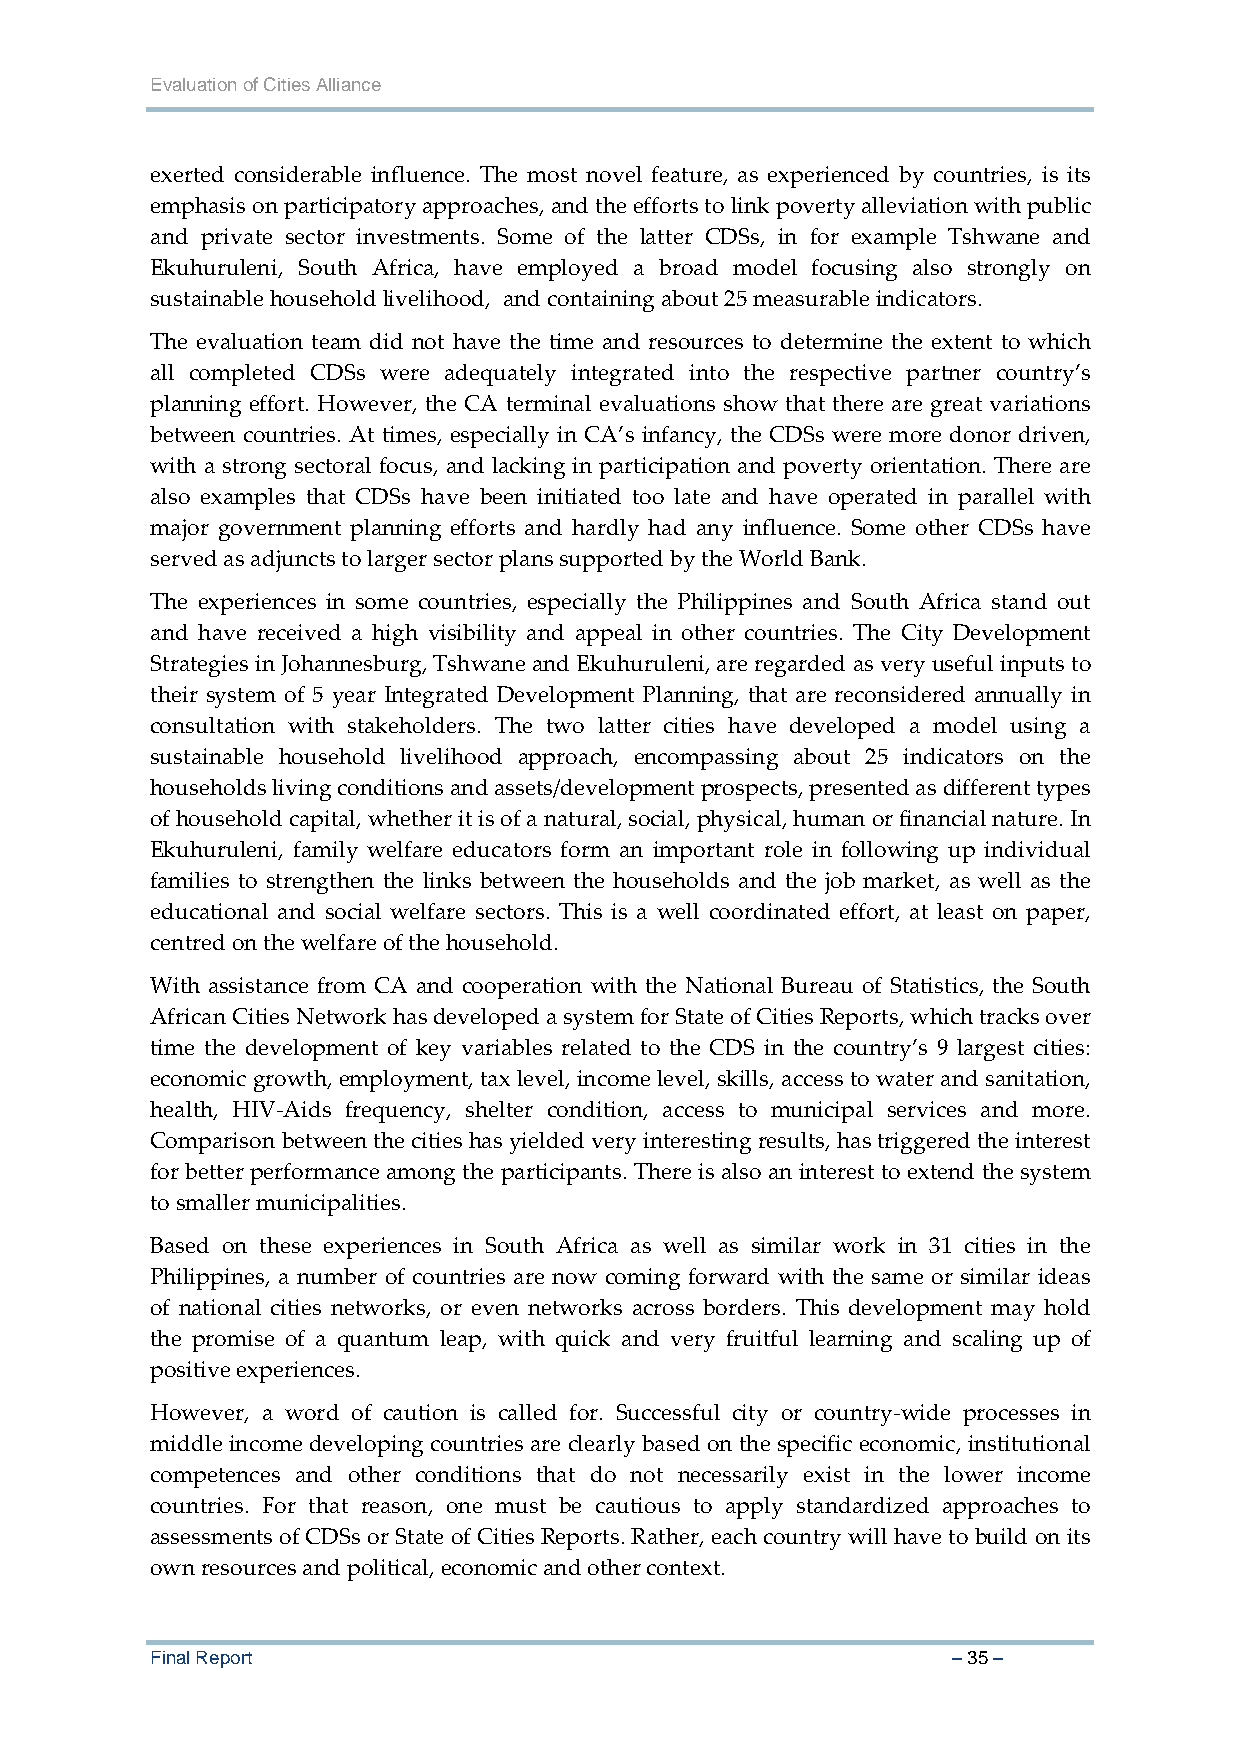
Evaluation of Cities Alliance
 exerted considerable influence. The most novel feature, as experienced by countries, is its
 emphasis on participatory approaches, and the efforts to link poverty alleviation with public
 and private sector investments. Some of the latter CDSs, in for example Tshwane and
 Ekuhuruleni, South Africa, have employed a broad model focusing also strongly on
 sustainable household livelihood, and containing about 25 measurable indicators.
 The evaluation team did not have the time and resources to determine the extent to which
 all completed CDSs were adequately integrated into the respective partner country’s
 planning effort. However, the CA terminal evaluations show that there are great variations
 between countries. At times, especially in CA’s infancy, the CDSs were more donor driven,
 with a strong sectoral focus, and lacking in participation and poverty orientation. There are
 also examples that CDSs have been initiated too late and have operated in parallel with
 major government planning efforts and hardly had any influence. Some other CDSs have
 served as adjuncts to larger sector plans supported by the World Bank.
 The experiences in some countries, especially the Philippines and South Africa stand out
 and have received a high visibility and appeal in other countries. The City Development
 Strategies in Johannesburg, Tshwane and Ekuhuruleni, are regarded as very useful inputs to
 their system of 5 year Integrated Development Planning, that are reconsidered annually in
 consultation with stakeholders. The two latter cities have developed a model using a
 sustainable household livelihood approach, encompassing about 25 indicators on the
 households living conditions and assets/development prospects, presented as different types
 of household capital, whether it is of a natural, social, physical, human or financial nature. In
 Ekuhuruleni, family welfare educators form an important role in following up individual
 families to strengthen the links between the households and the job market, as well as the
 educational and social welfare sectors. This is a well coordinated effort, at least on paper,
 centred on the welfare of the household.
 With assistance from CA and cooperation with the National Bureau of Statistics, the South
 African Cities Network has developed a system for State of Cities Reports, which tracks over
 time the development of key variables related to the CDS in the country’s 9 largest cities:
 economic growth, employment, tax level, income level, skills, access to water and sanitation,
 health, HIV‐Aids frequency, shelter condition, access to municipal services and more.
 Comparison between the cities has yielded very interesting results, has triggered the interest
 for better performance among the participants. There is also an interest to extend the system
 to smaller municipalities.
 Based on these experiences in South Africa as well as similar work in 31 cities in the
 Philippines, a number of countries are now coming forward with the same or similar ideas
 of national cities networks, or even networks across borders. This development may hold
 the promise of a quantum leap, with quick and very fruitful learning and scaling up of
 positive experiences.
 However, a word of caution is called for. Successful city or country‐wide processes in
 middle income developing countries are clearly based on the specific economic, institutional
 competences and other conditions that do not necessarily exist in the lower income
 countries. For that reason, one must be cautious to apply standardized approaches to
 assessments of CDSs or State of Cities Reports. Rather, each country will have to build on its
 own resources and political, economic and other context.
 Final Report                                         – 35 –